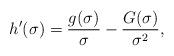
LaTeX: \begin{align*} h'(\sigma) = \frac{g(\sigma)}{\sigma} - \frac{G(\sigma)}{\sigma^2}, \end{align*}